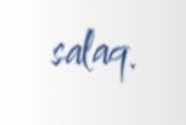
salaq.